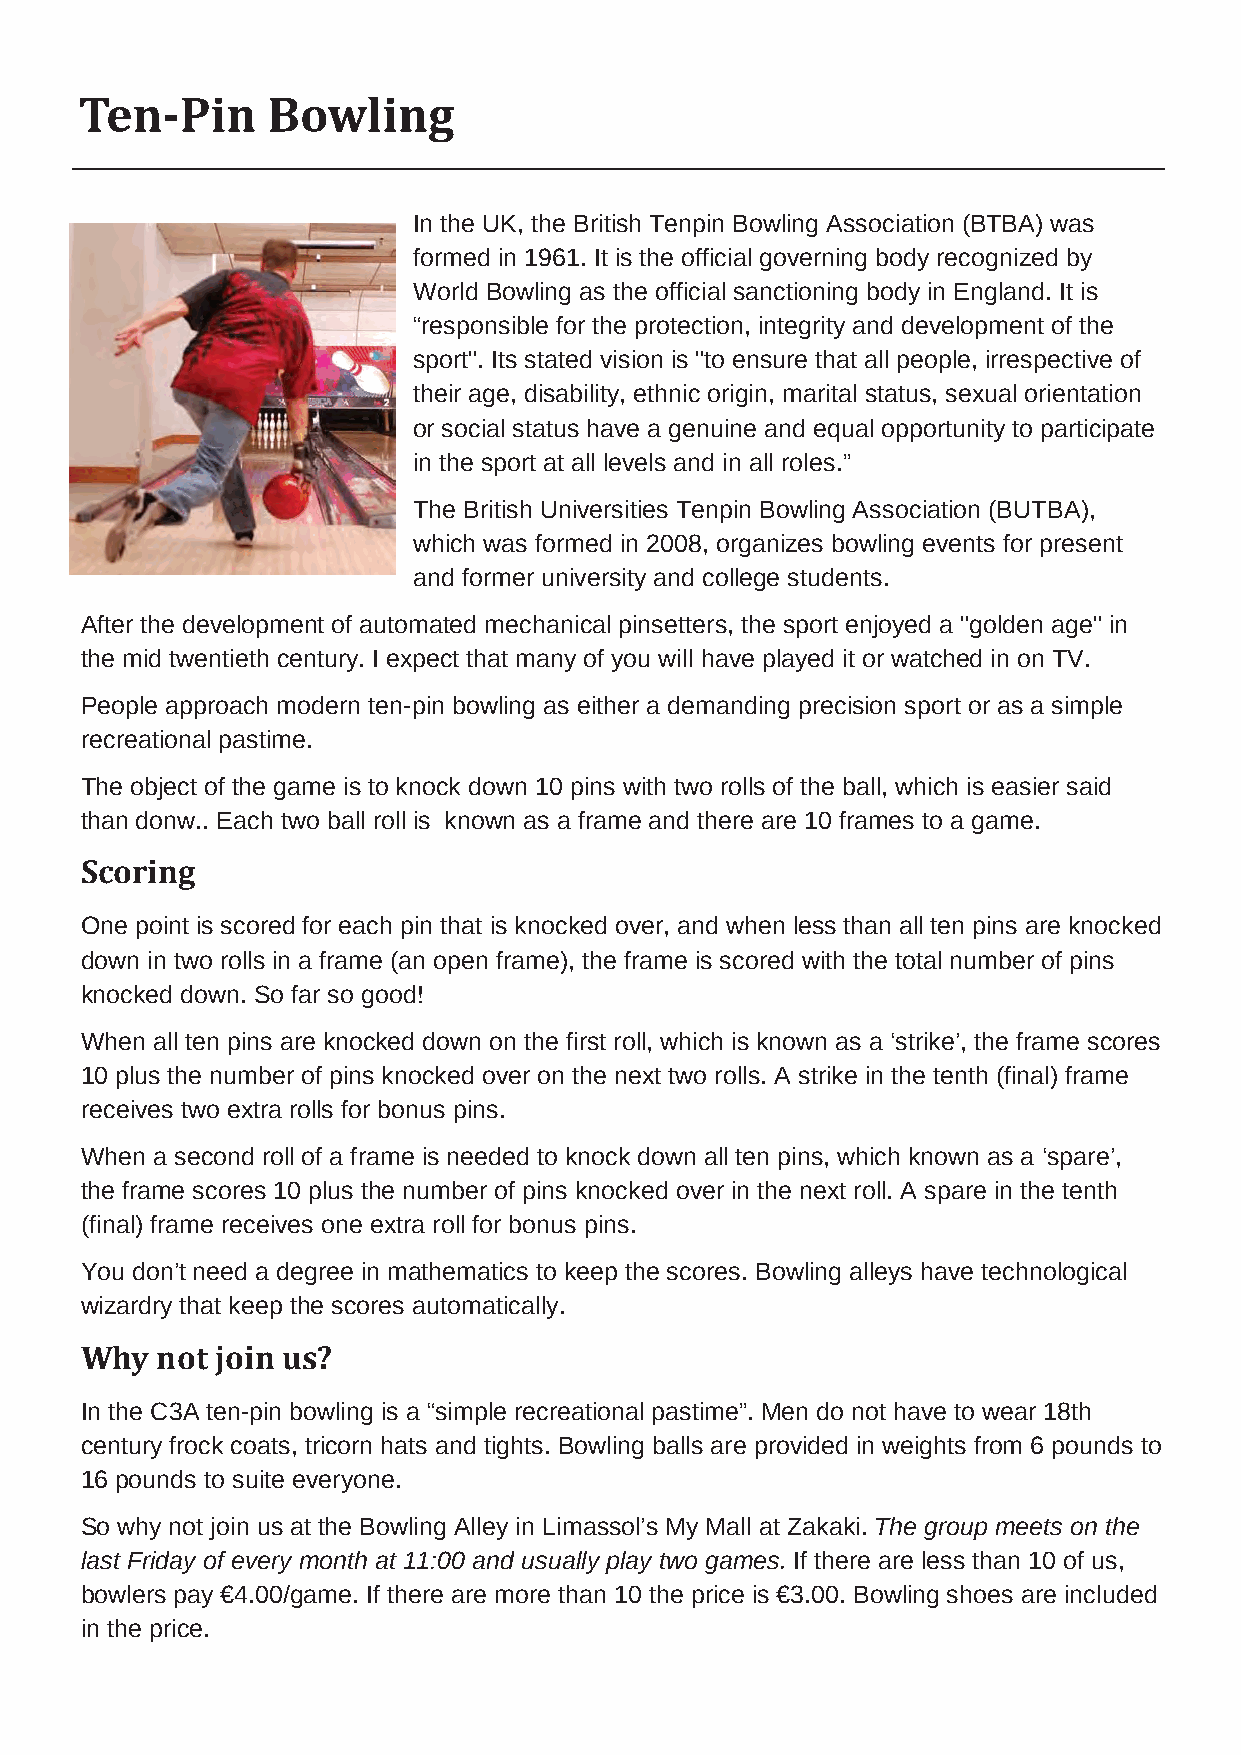
Ten-Pin      Bowling
 In the UK, the British Tenpin Bowling Association (BTBA) was
 formed in 1961. It is the official governing body recognized by
 World Bowling as the official sanctioning body in England. It is
 “responsible for the protection, integrity and development of the
 sport". Its stated vision is "to ensure that all people, irrespective of
 their age, disability, ethnic origin, marital status, sexual orientation
 or social status have a genuine and equal opportunity to participate
 in the sport at all levels and in all roles.”
 The British Universities Tenpin Bowling Association (BUTBA),
 which was formed in 2008, organizes bowling events for present
 and former university and college students.
 After the development of automated mechanical pinsetters, the sport enjoyed a "golden age" in
 the mid twentieth century. I expect that many of you will have played it or watched in on TV.
 People approach modern ten-pin bowling as either a demanding precision sport or as a simple
 recreational pastime.
 The object of the game is to knock down 10 pins with two rolls of the ball, which is easier said
 than donw.. Each two ball roll is known as a frame and there are 10 frames to a game.
 Scoring
 One point is scored for each pin that is knocked over, and when less than all ten pins are knocked
 down in two rolls in a frame (an open frame), the frame is scored with the total number of pins
 knocked down. So far so good!
 When all ten pins are knocked down on the first roll, which is known as a ‘strike’, the frame scores
 10 plus the number of pins knocked over on the next two rolls. A strike in the tenth (final) frame
 receives two extra rolls for bonus pins.
 When a second roll of a frame is needed to knock down all ten pins, which known as a ‘spare’,
 the frame scores 10 plus the number of pins knocked over in the next roll. A spare in the tenth
 (final) frame receives one extra roll for bonus pins.
 You don’t need a degree in mathematics to keep the scores. Bowling alleys have technological
 wizardry that keep the scores automatically.
 Why  not join us?
 In the C3A ten-pin bowling is a “simple recreational pastime”. Men do not have to wear 18th
 century frock coats, tricorn hats and tights. Bowling balls are provided in weights from 6 pounds to
 16 pounds to suite everyone.
 So why not join us at the Bowling Alley in Limassol’s My Mall at Zakaki. The group meets on the
 last Friday of every month at 11:00 and usually play two games. If there are less than 10 of us,
 bowlers pay €4.00/game. If there are more than 10 the price is €3.00. Bowling shoes are included
 in the price.